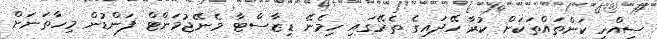
ސިއްހީ ކަންތައްތަކަށް ކުރާ ހޭދައިގެ ތެރޭގައި ހިމެނޭ ޑިޒާސްޓާ މެނޭޖުމަންޓް ފަންޑުން މިހާތަނަށް